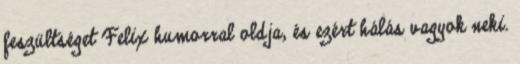
feszültséget Felix humorral oldja, és ezért hálás vagyok neki.